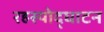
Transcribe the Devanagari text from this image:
रहस्‍योद्घाटन